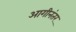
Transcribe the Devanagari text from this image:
आगीनंतर